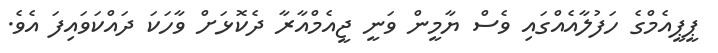
ޕީޕީއެމްގެ ހަފުލާއެއްގައި ވެސް ޔާމީން ވަނީ ޖީއެމްއާރާ ދެކޮޅަށް ވާހަކަ ދައްކަވައިފަ އެވެ.